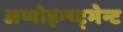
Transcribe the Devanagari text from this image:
अप्पोइन्य्ट्मेन्ट